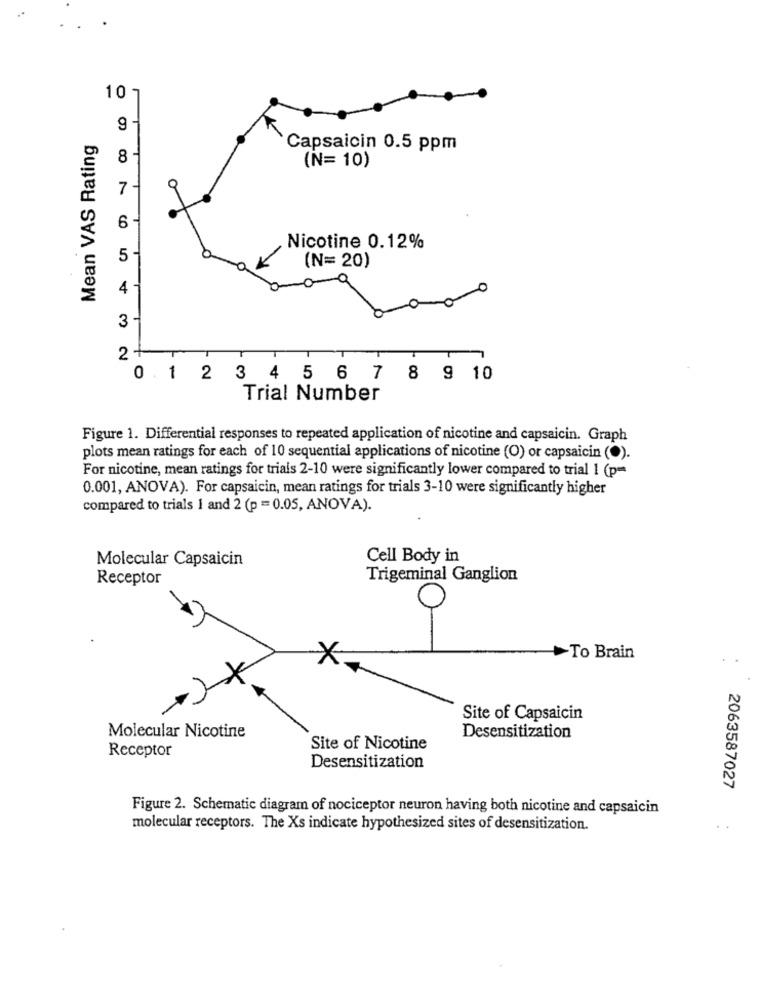
10
9
Mean VAS Rating
Capsaicin 0.5 ppm
8
(N= 10)
7
6
Nicotine 0.12%
5
(N= 20)
4
3
2+
T
0 .1 2 3 4 5 6 7 8 9 10
Trial Number
Figure 1. Differential responses to repeated application of nicotine and capsaicin. Graph
plots mean ratings for each of 10 sequential applications of nicotine (O) or capsaicin (.).
For nicotine, mean ratings for trials 2-10 were significantly lower compared to trial 1 (p=
0.001, ANOVA). For capsaicin, mean ratings for trials 3-10 were significantly higher
compared to trials 1 and 2 (p = 0.05, ANOVA).
Molecular Capsaicin
Cell Body in
Receptor
Trigeminal Ganglion
>To Brain
Site of Capsaicin
Molecular Nicotine
Desensitization
Receptor
Site of Nicotine
Desensitization
2063587027
Figure 2. Schematic diagram of nociceptor neuron having both nicotine and capsaicin
molecular receptors. The Xs indicate hypothesized sites of desensitization.